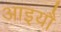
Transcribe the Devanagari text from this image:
आइयौ